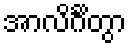
အာလိင်္ဂိတွာ